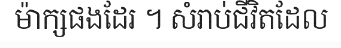
ម៉ាក្សផងដែរ ។ សំរាប់ជីវិតដែល